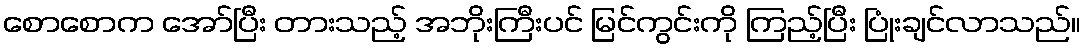
စောစောက အော်ပြီး တားသည့် အဘိုးကြီးပင် မြင်ကွင်းကို ကြည့်ပြီး ပြုံးချင်လာသည်။